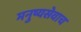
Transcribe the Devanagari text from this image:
मनुष्यसेवाच